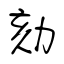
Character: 劾